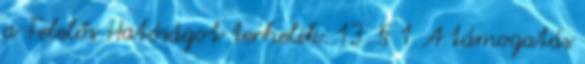
a Felelős Hatóságot terhelik. 13. § 1 A támogatás